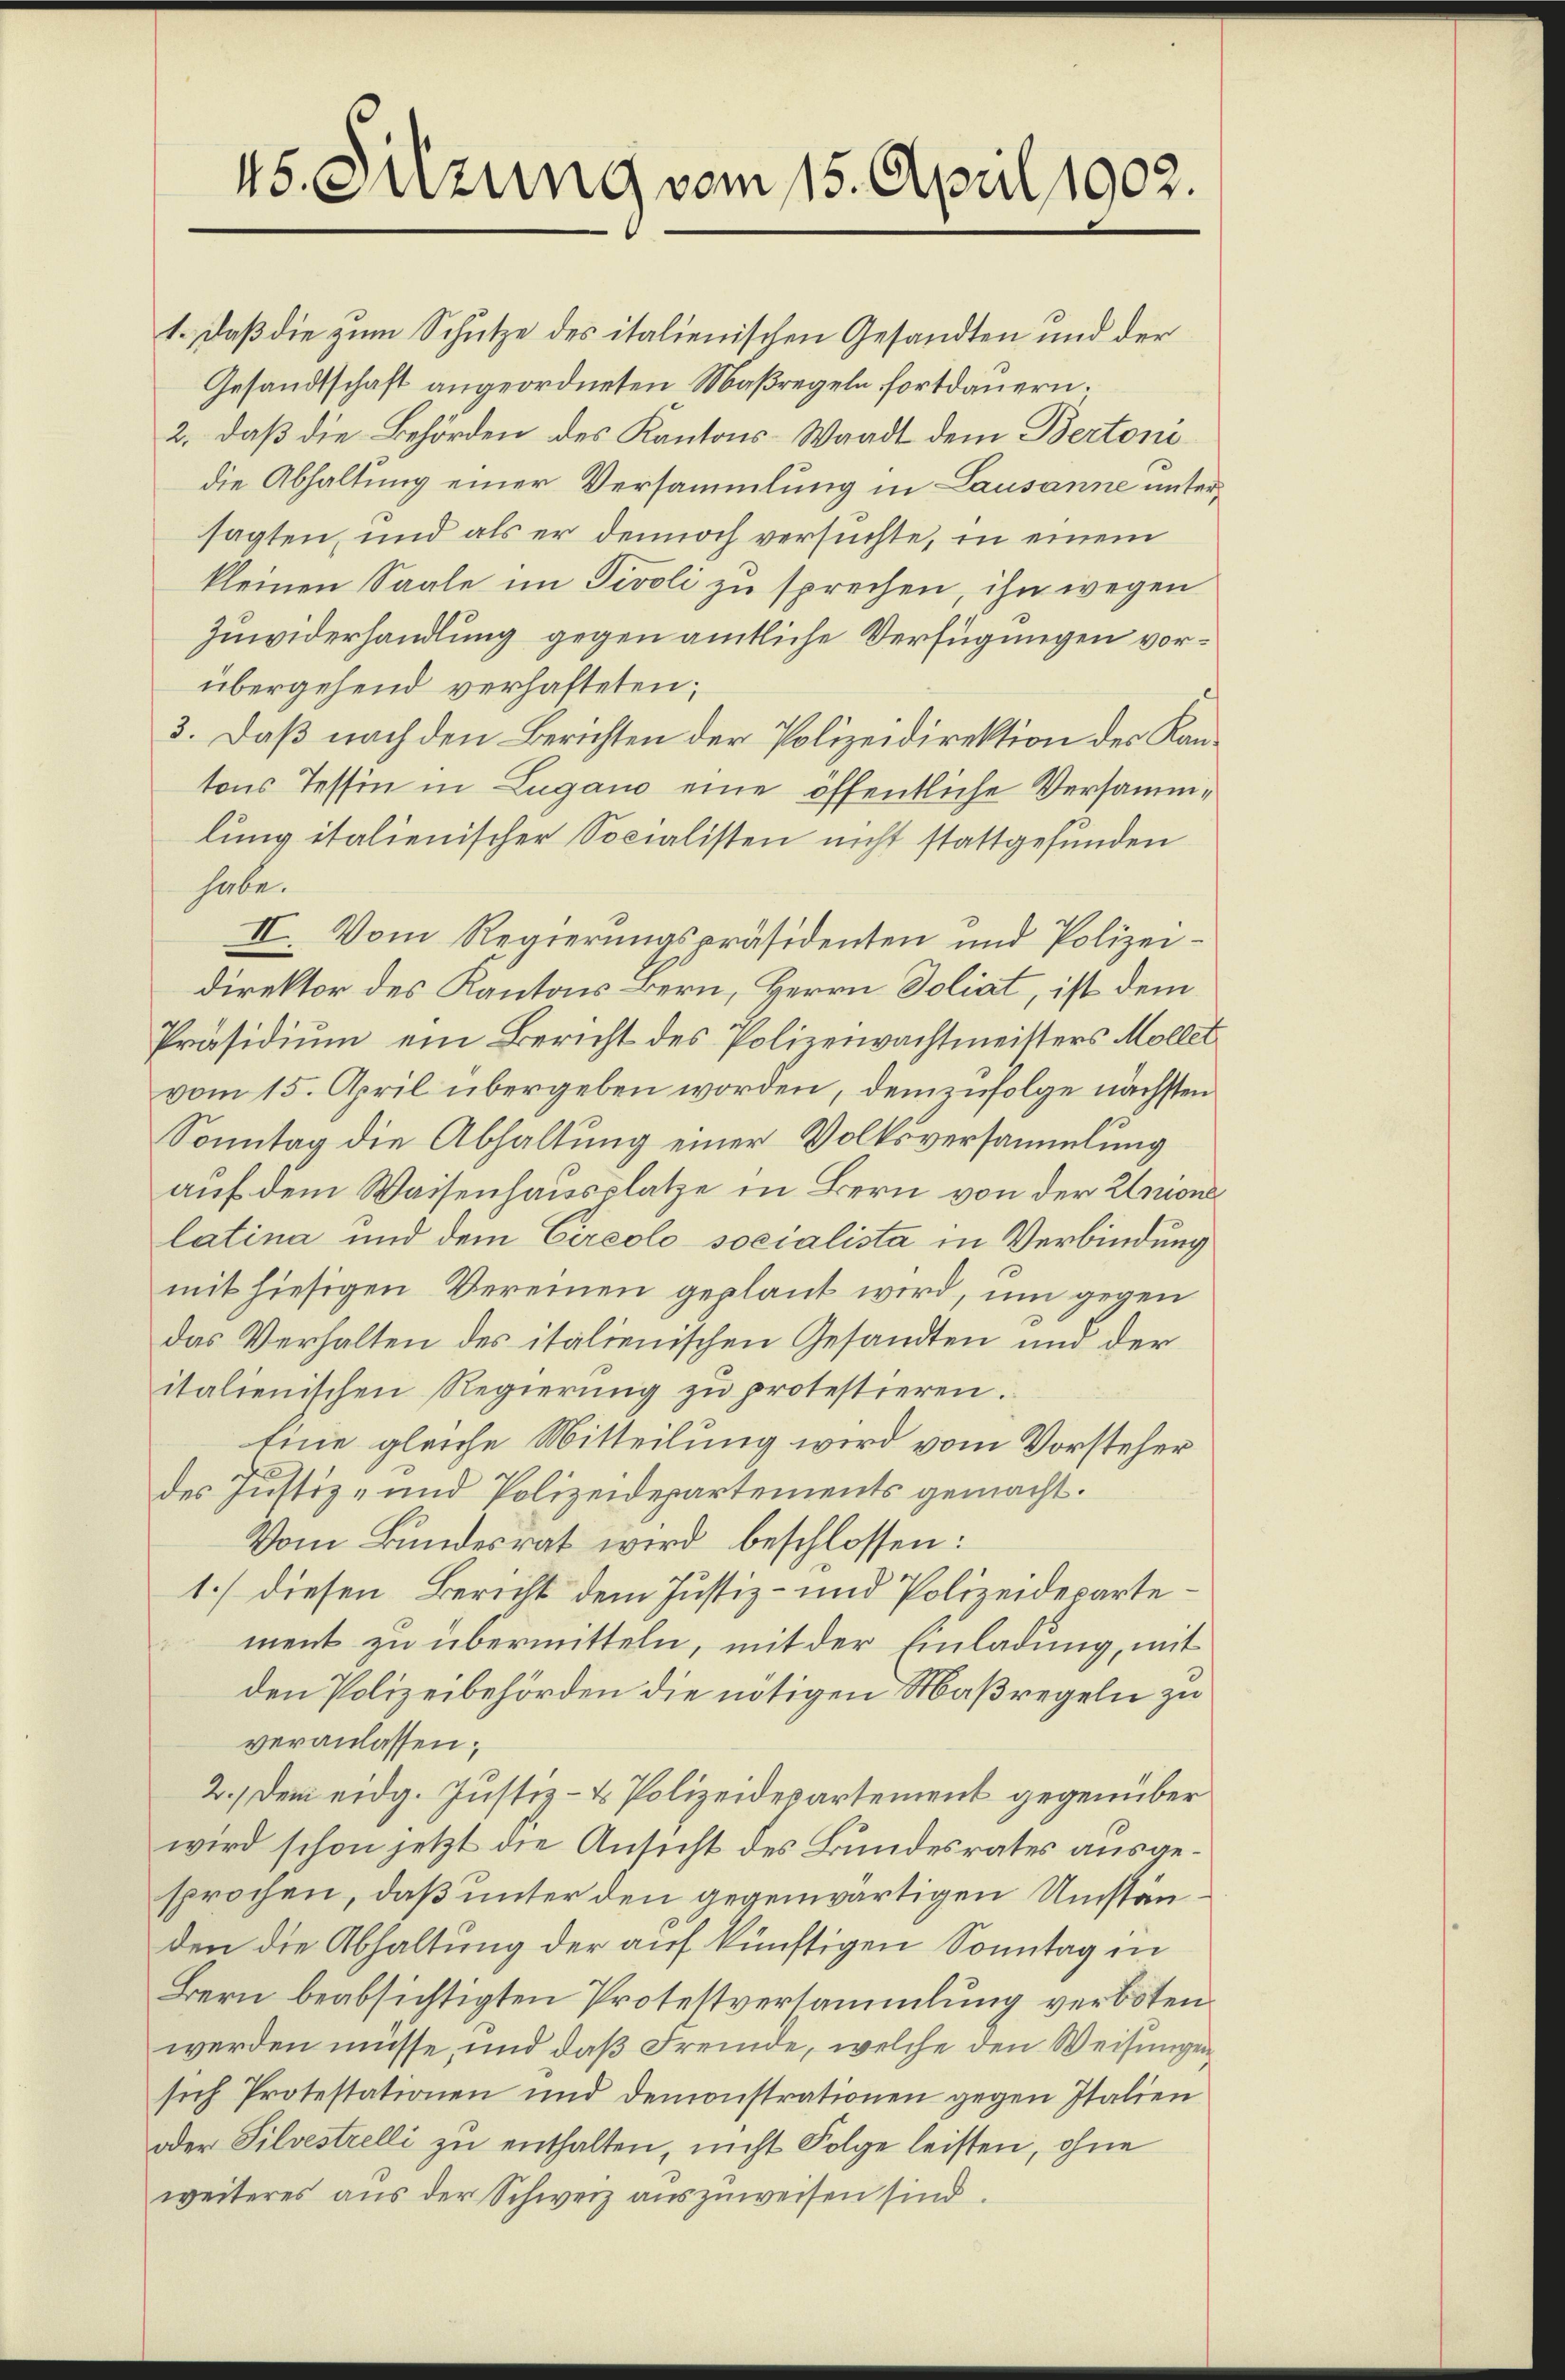
45. Sitzung vom 15. April 1902.

1.) Daß die zum Schutze des italienischen Gesandten und der
Gesandtschaft angeordneten Maßregeln fortdauern;
2, daß die Behörden des Kantons-Waadt dem Bertoni
die Abhaltung einer Versammlung in Lausanne untersagten, und als er dennoch versuchte, in einem
kleinen Saale im Tivoli zu sprechen, ihn wegen
Zuwiderhandlung gegen amtliche Verfügungen vorübergehend verhafteten;
3. Daß nach den Berichten der Polizeidirektion der Kantons Tessin in Lugano eine öffentliche Versammlung italienischer Socialisten nicht stattgefunden
habe.
II. Vom Regierungspräsidenten und Polizeidirektor des Kantons Bern, Herrn Doliat, ist dem
Präsidium ein Bericht des Polizeiwachtmeisters Möllet
vom 15. April übergeben worden, demzufolge nächsten
Sonntag die Abhaltung einer Volksversammlung
auf dem Waisenhausplatze in Bern von der Unions
latina und dem Circolo socialista in Verbindung
mit hiesigen Vereinen geplant wird, um gegen
das Verhalten des italienischen Gesandten und der
italienischen Regierŭng zŭ protestieren.
Eine gleiche Mitteilung wird vom Vorsteher
des Justiz- und Polizeidepartements gemacht.
Vom Bundesrat wird beschlossen:
1) diesen Bericht dem Justiz- und Polizeidepartement zu übermitteln, mit der Einladung, mit
den Polizeibehörden die nötigen Maßregeln zu
veranlassen;
2.) Dem eidg. Justiz- & Polizeidepartement gegenüber
wird schon jetzt die Ansicht des Bundesrates ausgesprochen, daß unter den gegenwärtigen Umstanden die Abhaltung der auf künftigen Sonntag in
Bern beabsichtigten Protestversammlung verboten.
werden müsse, und daß Fremde, welche den Weisungen,
sich Protestationen und demonstrationen gegen Italien
oder Silvestrelli zu enthalten, nicht Folge leisten, ohne
weiteres aus der Schweiz auszuweisen sind.